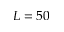
L = 5 0